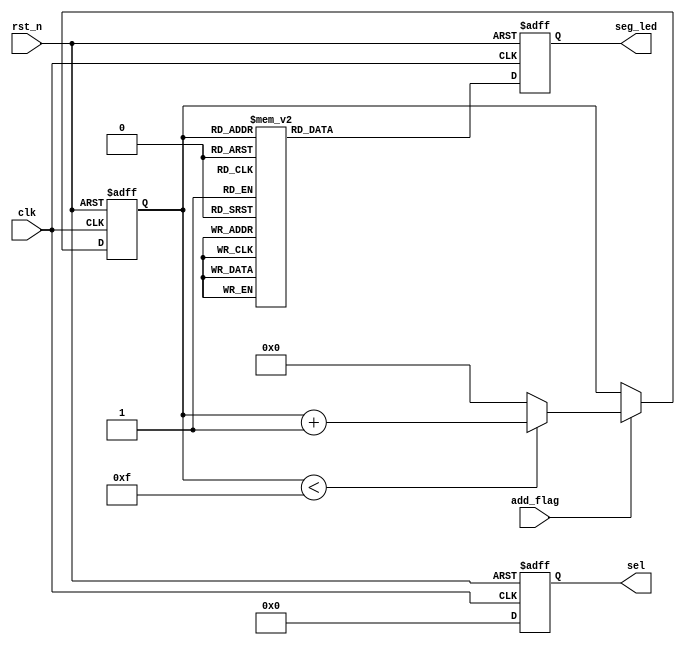
module seg_led_static (
    input               clk     ,   // 
    input               rst_n   ,   // 

    input               add_flag,   // 
    output  reg  [5:0]  sel     ,   // 
    output  reg  [7:0]  seg_led     // 
);

//reg define
reg [3:0] num;                      // 

//*****************************************************
//**                    main code
//*****************************************************

//
always @ (posedge clk or negedge rst_n) begin
    if (!rst_n)
        sel <= 6'b111111;
    else
        sel <= 6'b000000;
end

//1
always @ (posedge clk or negedge rst_n) begin
    if (!rst_n)
        num <= 4'h0;
    else if(add_flag) begin
        if (num < 4'hf)
            num <= num + 1'b1;
        else
            num <= 4'h0;
    end
    else
        num <= num;
end

//
always @ (posedge clk or negedge rst_n) begin
    if (!rst_n)
        seg_led <= 8'b0;
    else begin
        case (num)
            4'h0 :    seg_led <= 8'b1100_0000;
            4'h1 :    seg_led <= 8'b1111_1001;
            4'h2 :    seg_led <= 8'b1010_0100;
            4'h3 :    seg_led <= 8'b1011_0000;
            4'h4 :    seg_led <= 8'b1001_1001;
            4'h5 :    seg_led <= 8'b1001_0010;
            4'h6 :    seg_led <= 8'b1000_0010;
            4'h7 :    seg_led <= 8'b1111_1000;
            4'h8 :    seg_led <= 8'b1000_0000;
            4'h9 :    seg_led <= 8'b1001_0000;
            4'ha :    seg_led <= 8'b1000_1000;
            4'hb :    seg_led <= 8'b1000_0011;
            4'hc :    seg_led <= 8'b1100_0110;
            4'hd :    seg_led <= 8'b1010_0001;
            4'he :    seg_led <= 8'b1000_0110;
            4'hf :    seg_led <= 8'b1000_1110;
            default : seg_led <= 8'b1100_0000;
        endcase
    end
end



endmodule